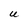
Character: U